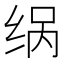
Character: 𮉨